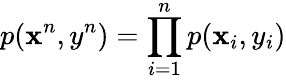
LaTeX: p(\mathbf{x}^{n},y^{n})=\prod_{i=1}^{n}p(\mathbf{x}_{i},y_{i})